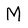
Character: M